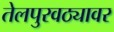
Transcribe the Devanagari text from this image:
तेलपुरवठ्यावर